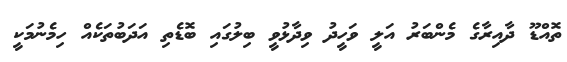
ތޮއްޑޫ ދާއިރާގެ މެންބަރު އަލީ ވަހީދު ވިދާޅުވީ ބިލުގައި ބޮޑެތި އަދަބުތަކެއް ހިމެނުމަކީ